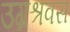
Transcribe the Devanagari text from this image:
उग्रश्रवस